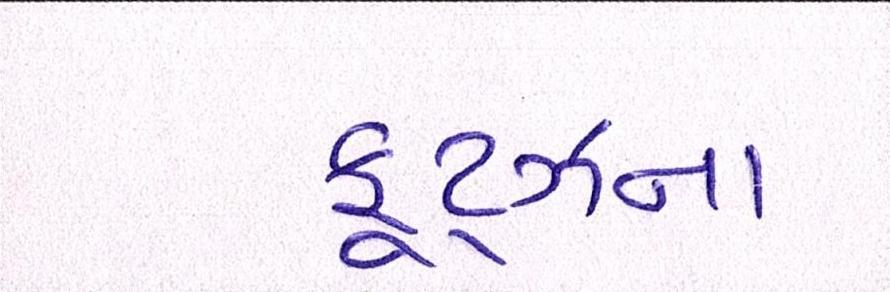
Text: ફૂડ્ઝના